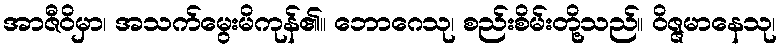
အာဇီဝိမှာ၊ အသက်မွေးမိကုန်၏။ ဘောဂေသု၊ စည်းစိမ်းတို့သည်။ ဝိဇ္ဇမာနေသု၊